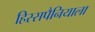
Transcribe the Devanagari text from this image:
हिस्सपैनियाला